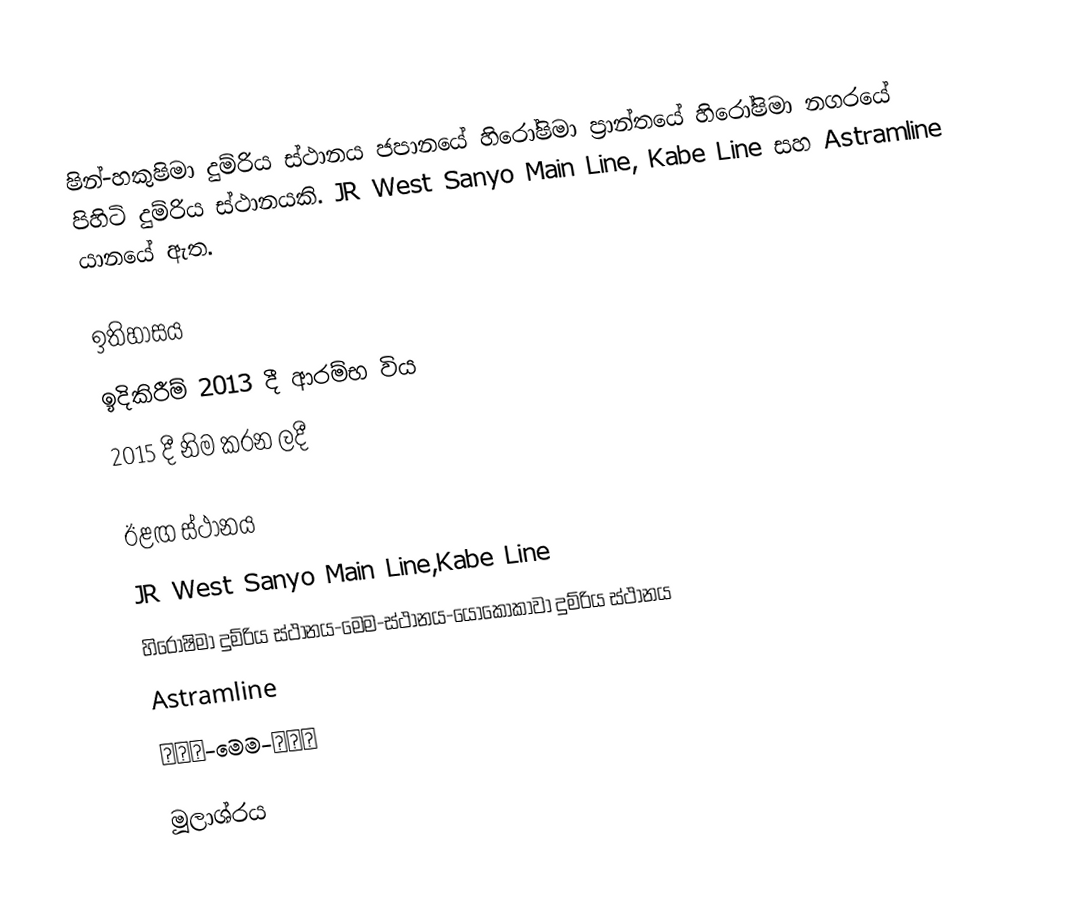
ෂින්-හකුෂිමා දුම්රිය ස්ථානය ජපානයේ හිරෝෂිමා ප්‍රාන්තයේ හිරෝෂිමා නගරයේ පිහිටි දුම්රිය ස්ථානයකි. JR West Sanyo Main Line, Kabe Line සහ Astramline යානයේ ඇත.

ඉතිහාසය
ඉදිකිරීම් 2013 දී ආරම්භ විය
2015 දී නිම කරන ලදී

ඊළඟ ස්ථානය
JR West Sanyo Main Line,Kabe Line
හිරෝෂිමා දුම්රිය ස්ථානය-මෙම-ස්ථානය-යොකොකාවා දුම්රිය ස්ථානය
Astramline
城北駅-මෙම-白島駅

මූලාශ්රය